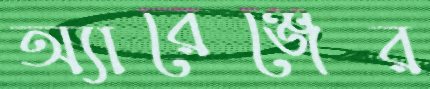
অ্যারেঞ্জের